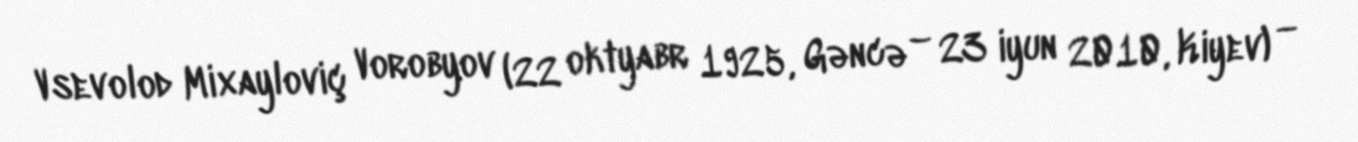
Vsevolod Mixayloviç Vorobyov (22 oktyabr 1925, Gəncə – 23 iyun 2010, Kiyev) —